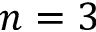
n = 3